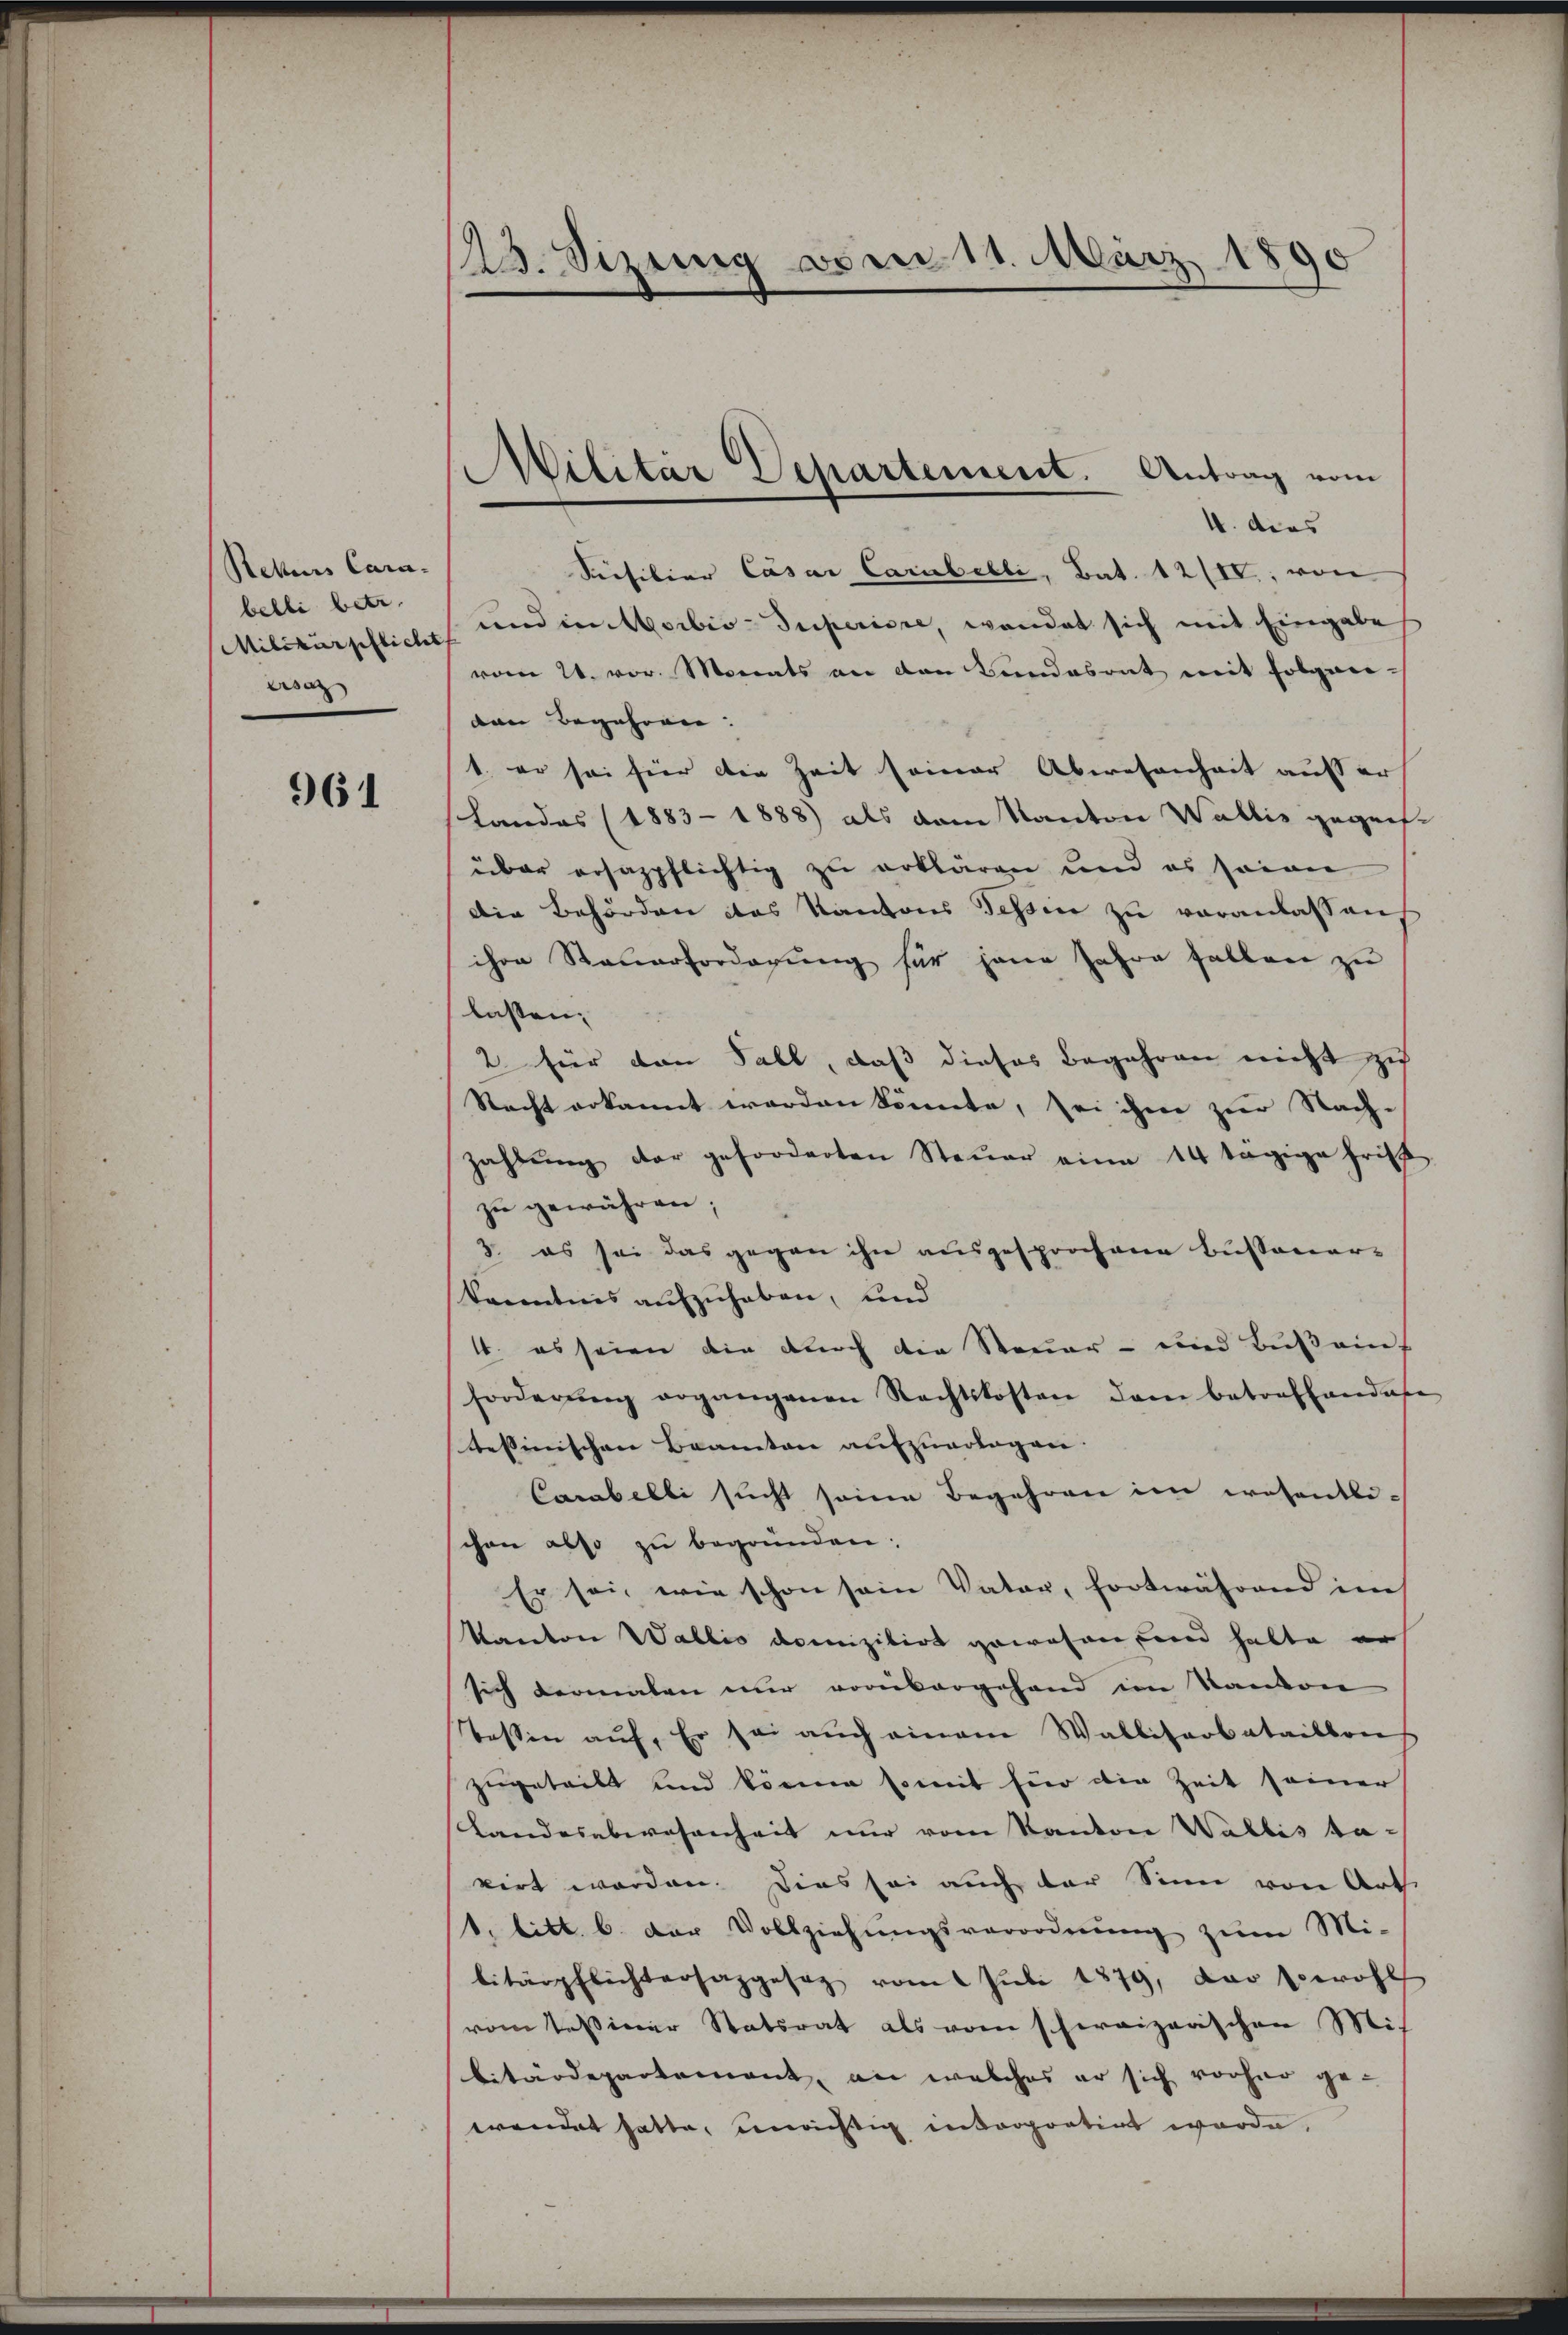
Rekurs Cara-
belli betr.
Militärpflicht
Lisa

961

23. Sizung vom 11. März 1890

Militär Departement. Antrag vom

4. dies
Siefiliar Cäsar Carubelli, Bat. 12/IV., von
und in Moibis-Superiore, wendet sich mit Eingabe
vom 24. vor. Monats an den Bandesrat mit folgen-
dan begehren: |
1. er sei hier die Zeit seiner Abwesenheit auf er
Landos (1883-1888) als vom Kanton Wallis gegens-
über ersazpflichtig zu erklären und es seine
Die Behörden das Kantons Tessin zu veranlassen
ihre Steŭerforderŭng für jene Jahre fallen zŭ
lassen.
2 für den Fall, daß dieses Begehren nicht zu
Recht erkannt werden könnte, sei ihm zur Nach-
zahlŭng der geforderten Steŭer eine 14 tägige Frist
zŭ gewähren;
3. es sei das gegen ihn ausgesprochene Bussener-
kanntnis aufzuhaben, und
1. es seien die durch die Steuer- und Bußauf
forderŭng ergangenen Rechtskosten dem betrafhandase
tessinischen Beamten aufzuerlagen.
Carabelli sucht seine Begehren im wesentlichen also zu begründen:
Er sei, wie schon sein Vater, fortwährend im
Kanton Wallis domizilirt gewesen und halte er
sich dermalen nur vorübergehand im Kanton
Tessin aŭf. Er sei aŭch einem Walliserbataillons
zugeteilt und könne somit für die Zeit seiner
Landesabwesenheit nur vom Kanton Wallis tavirt worden. Dies sei auch der Sinn von Art.
1. litt. b. der Vollziehŭngsverordnŭng zum Mi-
litärpflichtersazgesez vom 1 Juli 1879, das sowohl
vom Teßiner Statsrat als vom schweizerischen Mis
bitärdepartement, an welches er sich vorher ge-
wendet hatte, unrichtig introportirt werde,